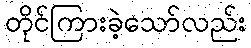
တိုင်ကြားခဲ့သော်လည်း